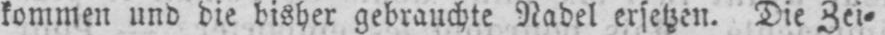
kommen und die bisher gebrauchte Nadel ersetzen. Die Zei⸗